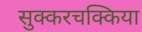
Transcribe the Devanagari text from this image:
सुक्करचक्किया